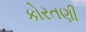
કોરતણી